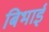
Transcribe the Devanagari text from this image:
बिभाई